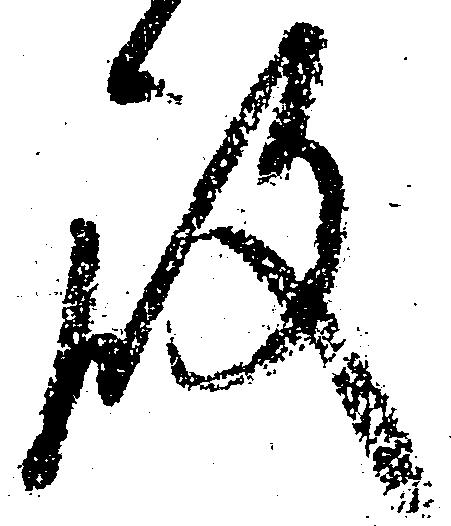
殿